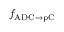
f _ { \mathrm { A D C } \to \mathrm { p C } }